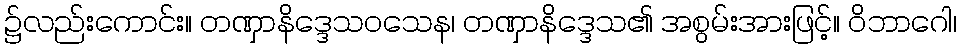
၌လည်းကောင်း။ တဏှာနိဒ္ဒေသဝသေန၊ တဏှာနိဒ္ဒေသ၏ အစွမ်းအားဖြင့်။ ဝိဘာဂေါ၊